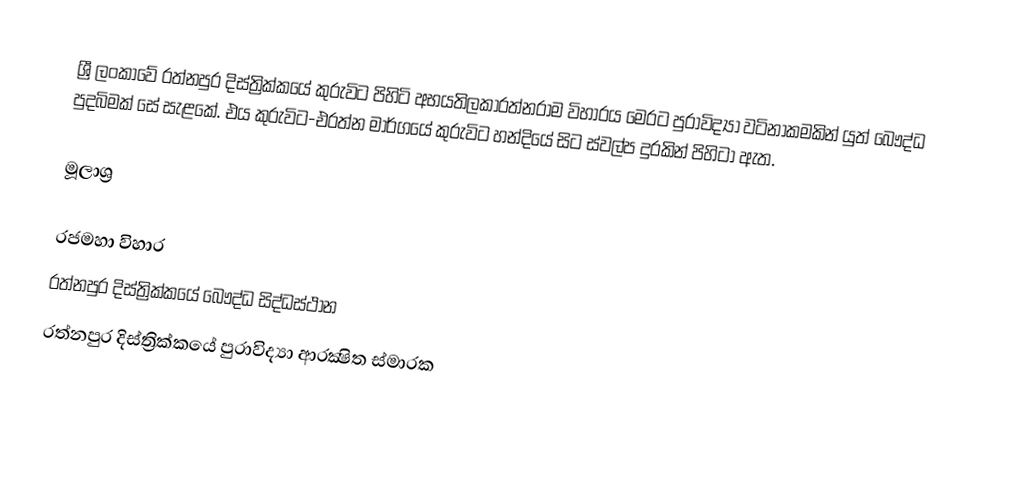
ශ්‍රී ලංකාවේ රත්නපුර දිස්ත්‍රික්කයේ කුරුවිට පිහිටි අභයතිලකාරත්නරාම විහාරය මෙරට පුරාවිද්‍යා වටිනාකමකින් යුත් බෞද්ධ පුදබිමක් සේ සැළකේ. එය කුරුවිට-එරත්න මාර්ගයේ කුරුවිට හන්දියේ සිට ස්වල්ප දුරකින් පිහිටා ඇත.

මූලාශ්‍ර

රජමහා විහාර
රත්නපුර දිස්ත්‍රික්කයේ බෞද්ධ සිද්ධස්ථාන‎
රත්නපුර දිස්ත්‍රික්කයේ පුරාවිද්‍යා ආරක්‍ෂිත ස්මාරක